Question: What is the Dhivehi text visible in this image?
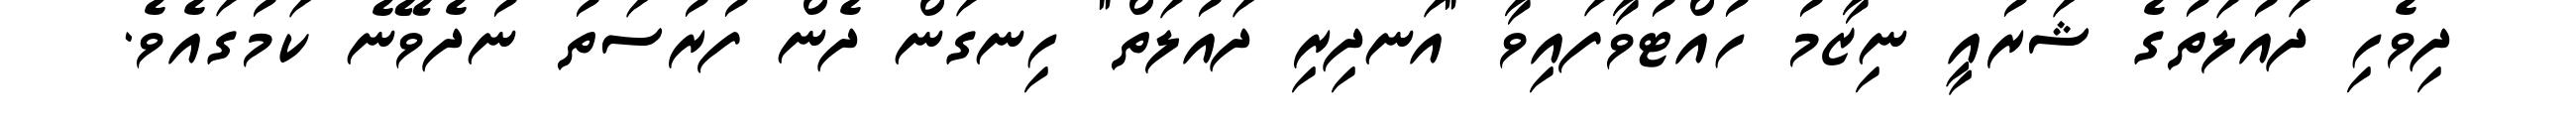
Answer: ދިވެހި ދައުލަތުގެ ޝަރުއީ ނިޒާމު ހުއްޓުވާފައިވާ "އަނދިރި ދައުލަތް" ހިނގަން ދެން ފުރުސަތު ނުދެވޭނެ ކަމުގައެވެ.